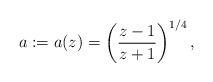
LaTeX: \begin{gather*}a := a(z) = \left(\frac{z - 1}{z+1}\right)^{1/4},\end{gather*}